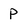
Character: P